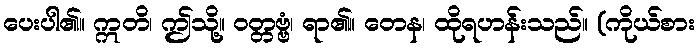
ပေးပါ၏။ ဣတိ၊ ဤသို့။ ဝတ္တဗ္ဗံ၊ ရာ၏။ တေန၊ ထိုရဟန်းသည်။ (ကိုယ်စား